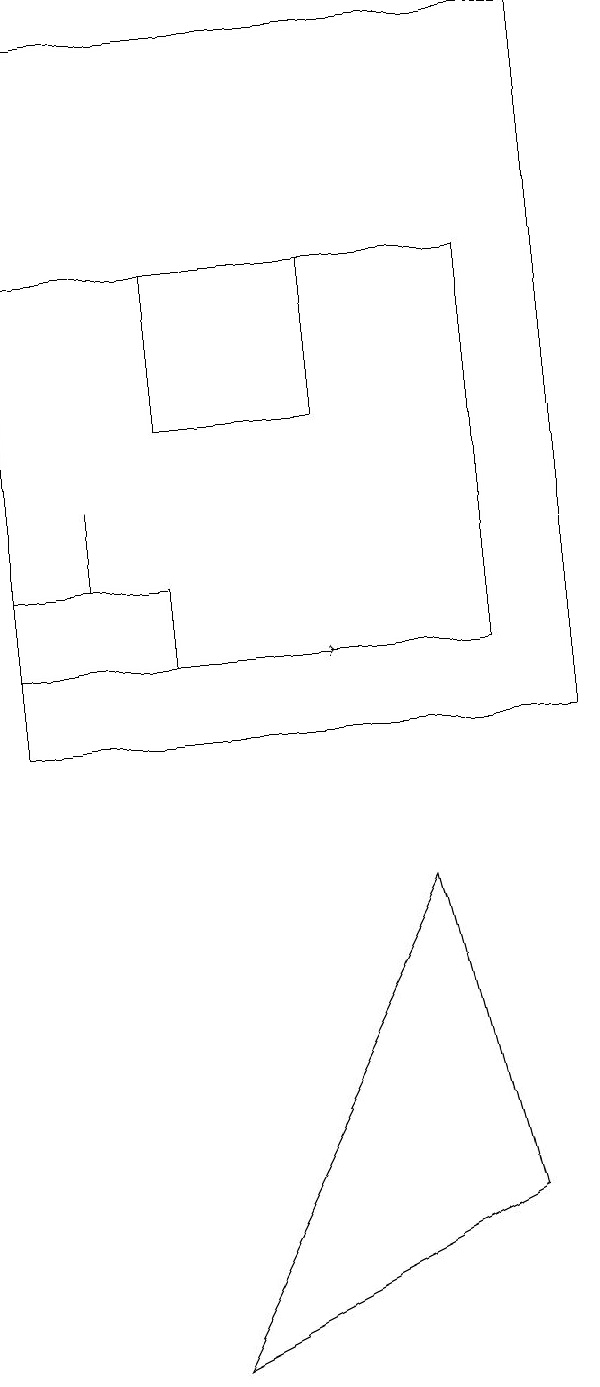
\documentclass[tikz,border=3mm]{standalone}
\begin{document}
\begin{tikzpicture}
\draw (3,11) rectangle (1,12);
\draw[->] (4,11) -- (5,11);
\draw (2,12) rectangle (2,13);
\draw (7,16) rectangle (1,11);
\draw (6,8) -- (7,4) -- (3,2) -- cycle;
\draw (1,10) rectangle (8,19);
\draw (3,14) rectangle (5,16);
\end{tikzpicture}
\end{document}